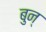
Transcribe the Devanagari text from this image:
बुन्‌